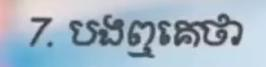
7. បងឮគេថា